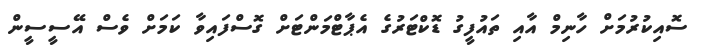
ސޮއިކުރުމަށް ހާނިމް އާއި ތައުފީގު ޑޮކްޓަރުގެ އެޕާޓްމަންޓަށް ގޮސްފައިވާ ކަމަށް ވެސް އޭސީސީން